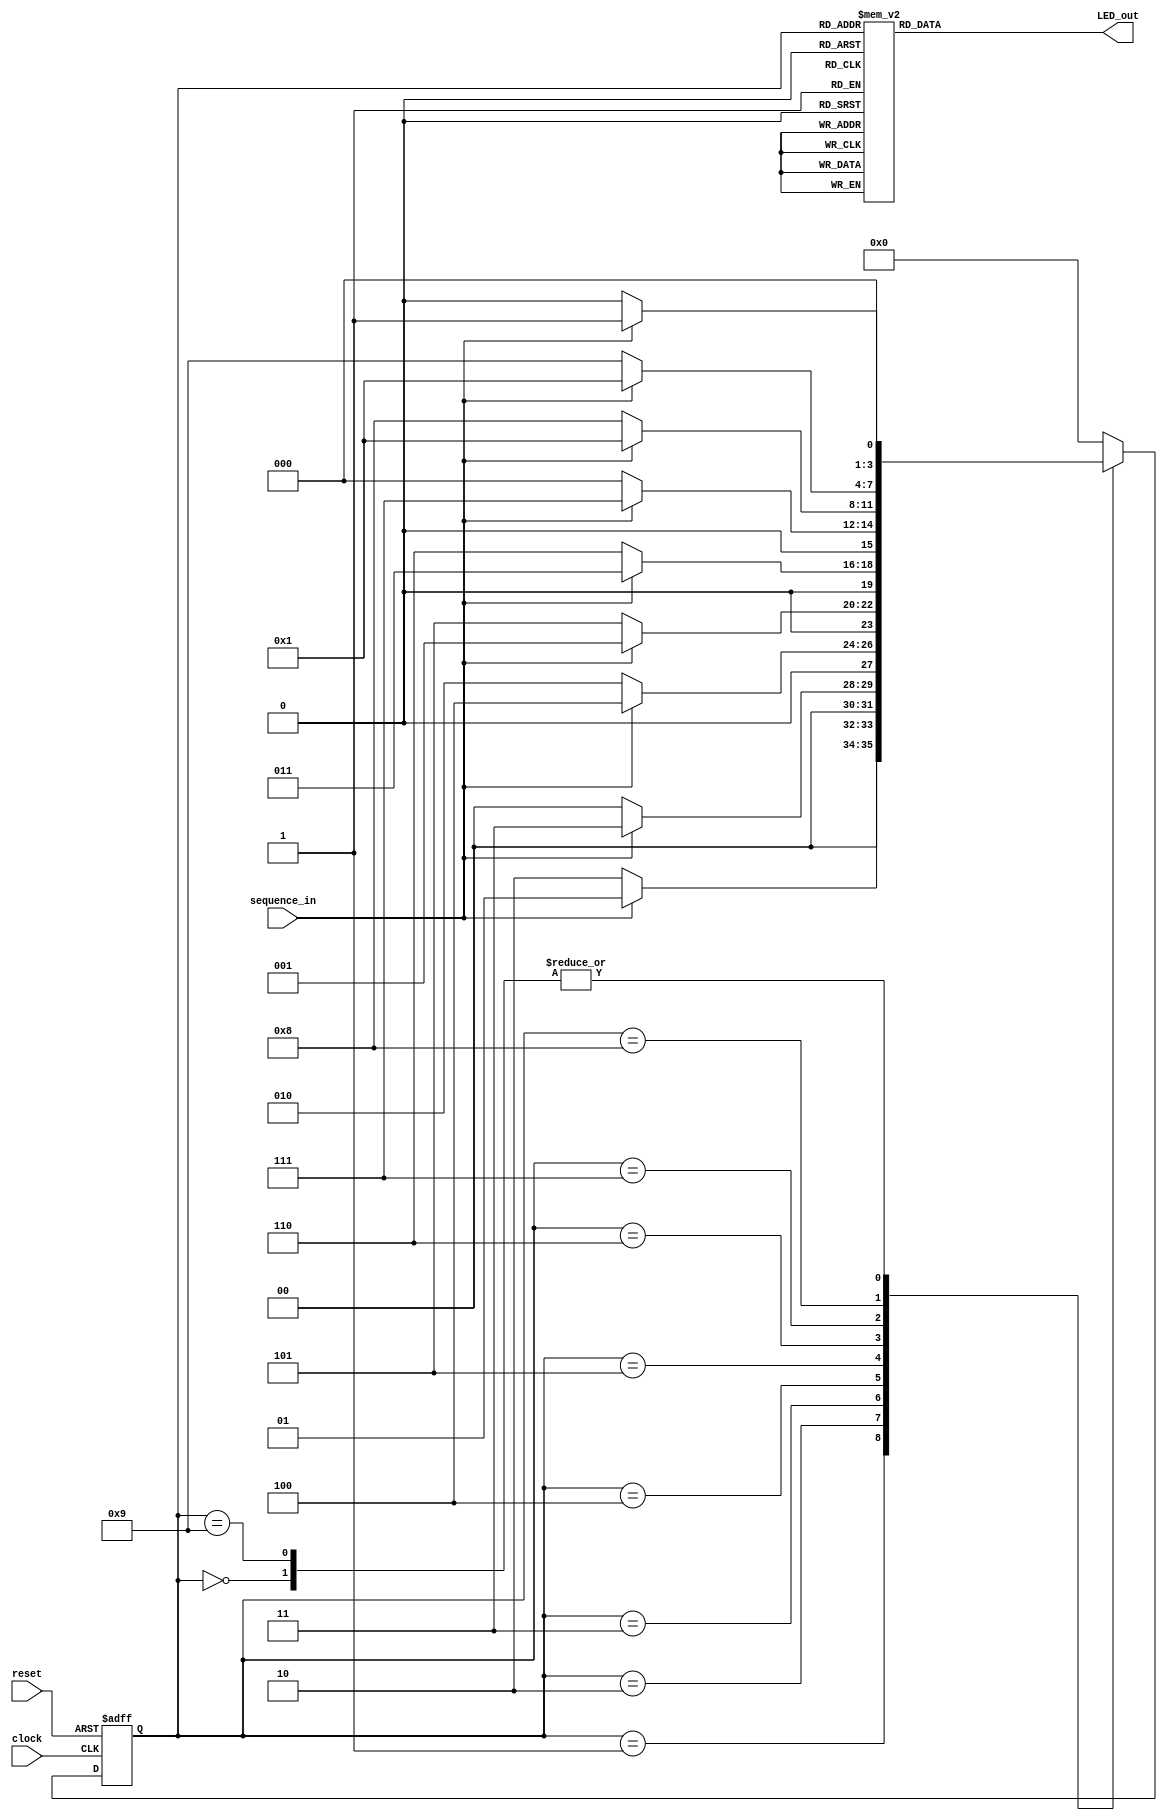
// The sequence being detected is "101100100" or One Zero One One 
module Sequence_Detector_MOORE_Verilog(
input clock,
input reset, // reset input
input sequence_in, // binary input
    output reg [6:0] LED_out

    );
parameter
  _0              = 4'b0000,
  _1              = 4'b0001,
  _10             = 4'b0010,
  _101            = 4'b0011,
  _1011           = 4'b0100,
  _10110          = 4'b0101,
  _101100         = 4'b0110,
  _1011001        = 4'b0111,
  _10110010       = 4'b1000,
  _101100100      = 4'b1001;
reg [3:0] current_state, next_state; // current state and next state
// sequential memory of the Moore FSM
always @(posedge clock, posedge reset)
begin
 if(reset==1) 
 current_state <= _0;// when reset=1, reset the state of the FSM to "Zero" State
 else
 current_state <= next_state; // otherwise, next state
end 
// combinational logic of the Moore FSM
// to determine next state 
always @(current_state,sequence_in)
begin
 case(current_state) 
 _0:begin
  if(sequence_in==1)
   next_state <= _1;
  else
   next_state <= _0;
 end
 _1:begin
  if(sequence_in==0)
   next_state <= _10;
  else
   next_state <= _1;
 end
 _10:begin
  if(sequence_in==0)
   next_state <= _0;
  else
   next_state <= _101;
 end 
 _101:begin
  if(sequence_in==0)
   next_state <= _10;
  else
   next_state <= _1011;
 end
 _1011:begin
  if(sequence_in==0)
   next_state <= _10110;
  else
   next_state <= _1;
 end
 _10110:begin
  if(sequence_in==0)
   next_state <= _101100;
  else
   next_state <= _101;
 end
 _101100:begin
  if(sequence_in==0)
   next_state <= _0;
  else
   next_state <= _1011001;
 end
 _1011001:begin
  if(sequence_in==0)
   next_state <= _10110010;
  else
   next_state <= _1;
 end
 _10110010:begin
  if(sequence_in==0)
   next_state <= _101100100;
  else
   next_state <= _1;
 end
 _101100100:begin
  if(sequence_in==0)
   next_state <= _0;
  else
   next_state <= _1;
 end
 default:next_state <= _0;
 endcase
end
// combinational logic to determine the output
// of the Moore FSM, output only depends on current state
always @(current_state)
begin 
        case(current_state)
        4'b0000: LED_out = 7'b0000001; // "0"     
        4'b0001: LED_out = 7'b1001111; // "1" 
        4'b0010: LED_out = 7'b0010010; // "2" 
        4'b0011: LED_out = 7'b0000110; // "3" 
        4'b0100: LED_out = 7'b1001100; // "4" 
        4'b0101: LED_out = 7'b0100100; // "5" 
        4'b0110: LED_out = 7'b0100000; // "6" 
        4'b0111: LED_out = 7'b0001111; // "7" 
        4'b1000: LED_out = 7'b0000000; // "8"     
        4'b1001: LED_out = 7'b0000100; // "9" 
        default: LED_out = 0;
        endcase
end 
endmodule